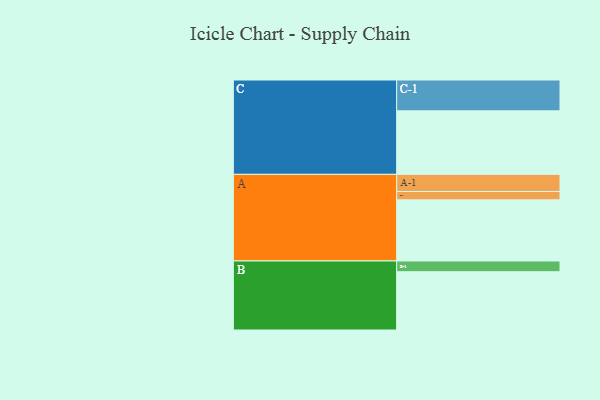
{"axis": {"x": "Segment", "y": "Value"}, "legend": ["", "A", "B", "C"], "data": [{"x": "A", "y": 560, "type": ""}, {"x": "B", "y": 534, "type": ""}, {"x": "C", "y": 582, "type": ""}, {"x": "A-1", "y": 157, "type": "A"}, {"x": "A-2", "y": 77, "type": "A"}, {"x": "B-1", "y": 99, "type": "B"}, {"x": "C-1", "y": 283, "type": "C"}]}